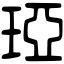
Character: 𤦩